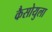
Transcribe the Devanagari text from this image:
कैसोयुला